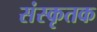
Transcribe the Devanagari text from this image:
संस्कृतक